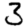
Digit: 3